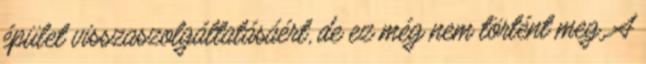
épület visszaszolgáltatásáért, de ez még nem történt meg. A